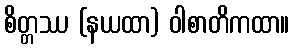
စိတ္တဿ (နယထာ) ဝါစာတိကထာ။